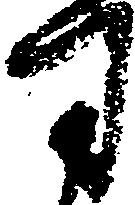
司